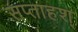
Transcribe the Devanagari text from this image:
सप्ताहश्